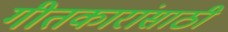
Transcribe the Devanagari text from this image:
गीतकारांसाठी